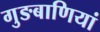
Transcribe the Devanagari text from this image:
गुङबाणियां